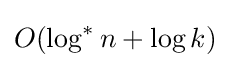
O(\log ^{*}n+\log k)